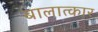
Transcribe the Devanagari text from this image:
बालात्कार